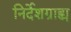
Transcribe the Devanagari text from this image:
निर्देशग्राह्य